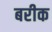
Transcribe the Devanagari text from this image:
बरीक